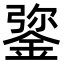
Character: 𨧮